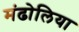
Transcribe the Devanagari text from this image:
मंढोलिया